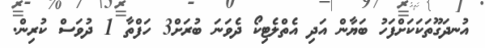
އުނދަގޫތަކަކަށްފަހު ބަޔާން އަދި އެތްލެޓިކޯ ދެވަނަ ބުރަށް3 ހަފްތާ 1 ދުވަސް ކުރިން.